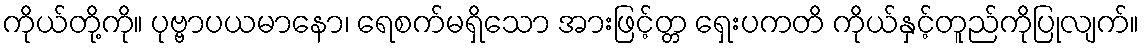
ကိုယ်တို့ကို။ ပုဗ္ဗာပယမာနော၊ ရေစက်မရှိသော အားဖြင့်တ္တ ရှေးပကတိ ကိုယ်နှင့်တူည်ကိုပြုလျက်။